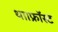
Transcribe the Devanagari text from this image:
था।फ्रॉस्ट